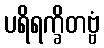
ပရိရက္ခိတဗ္ဗံ